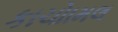
કાચોામલ